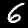
Label: 6